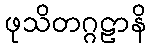
ဖုသိတဂ္ဂဠာနိ